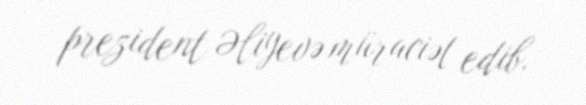
prezident Əliyevə müraciət edib.